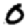
Digit: 0